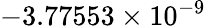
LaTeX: -3.77553\times 10^{-9}